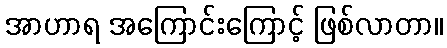
အာဟာရ အကြောင်းကြောင့် ဖြစ်လာတာ။